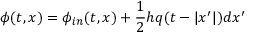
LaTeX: \phi ( t , x ) = \phi _ { i n } ( t , x ) + { \frac { 1 } { 2 } } h q ( t - | x ^ { \prime } | ) d x ^ { \prime }